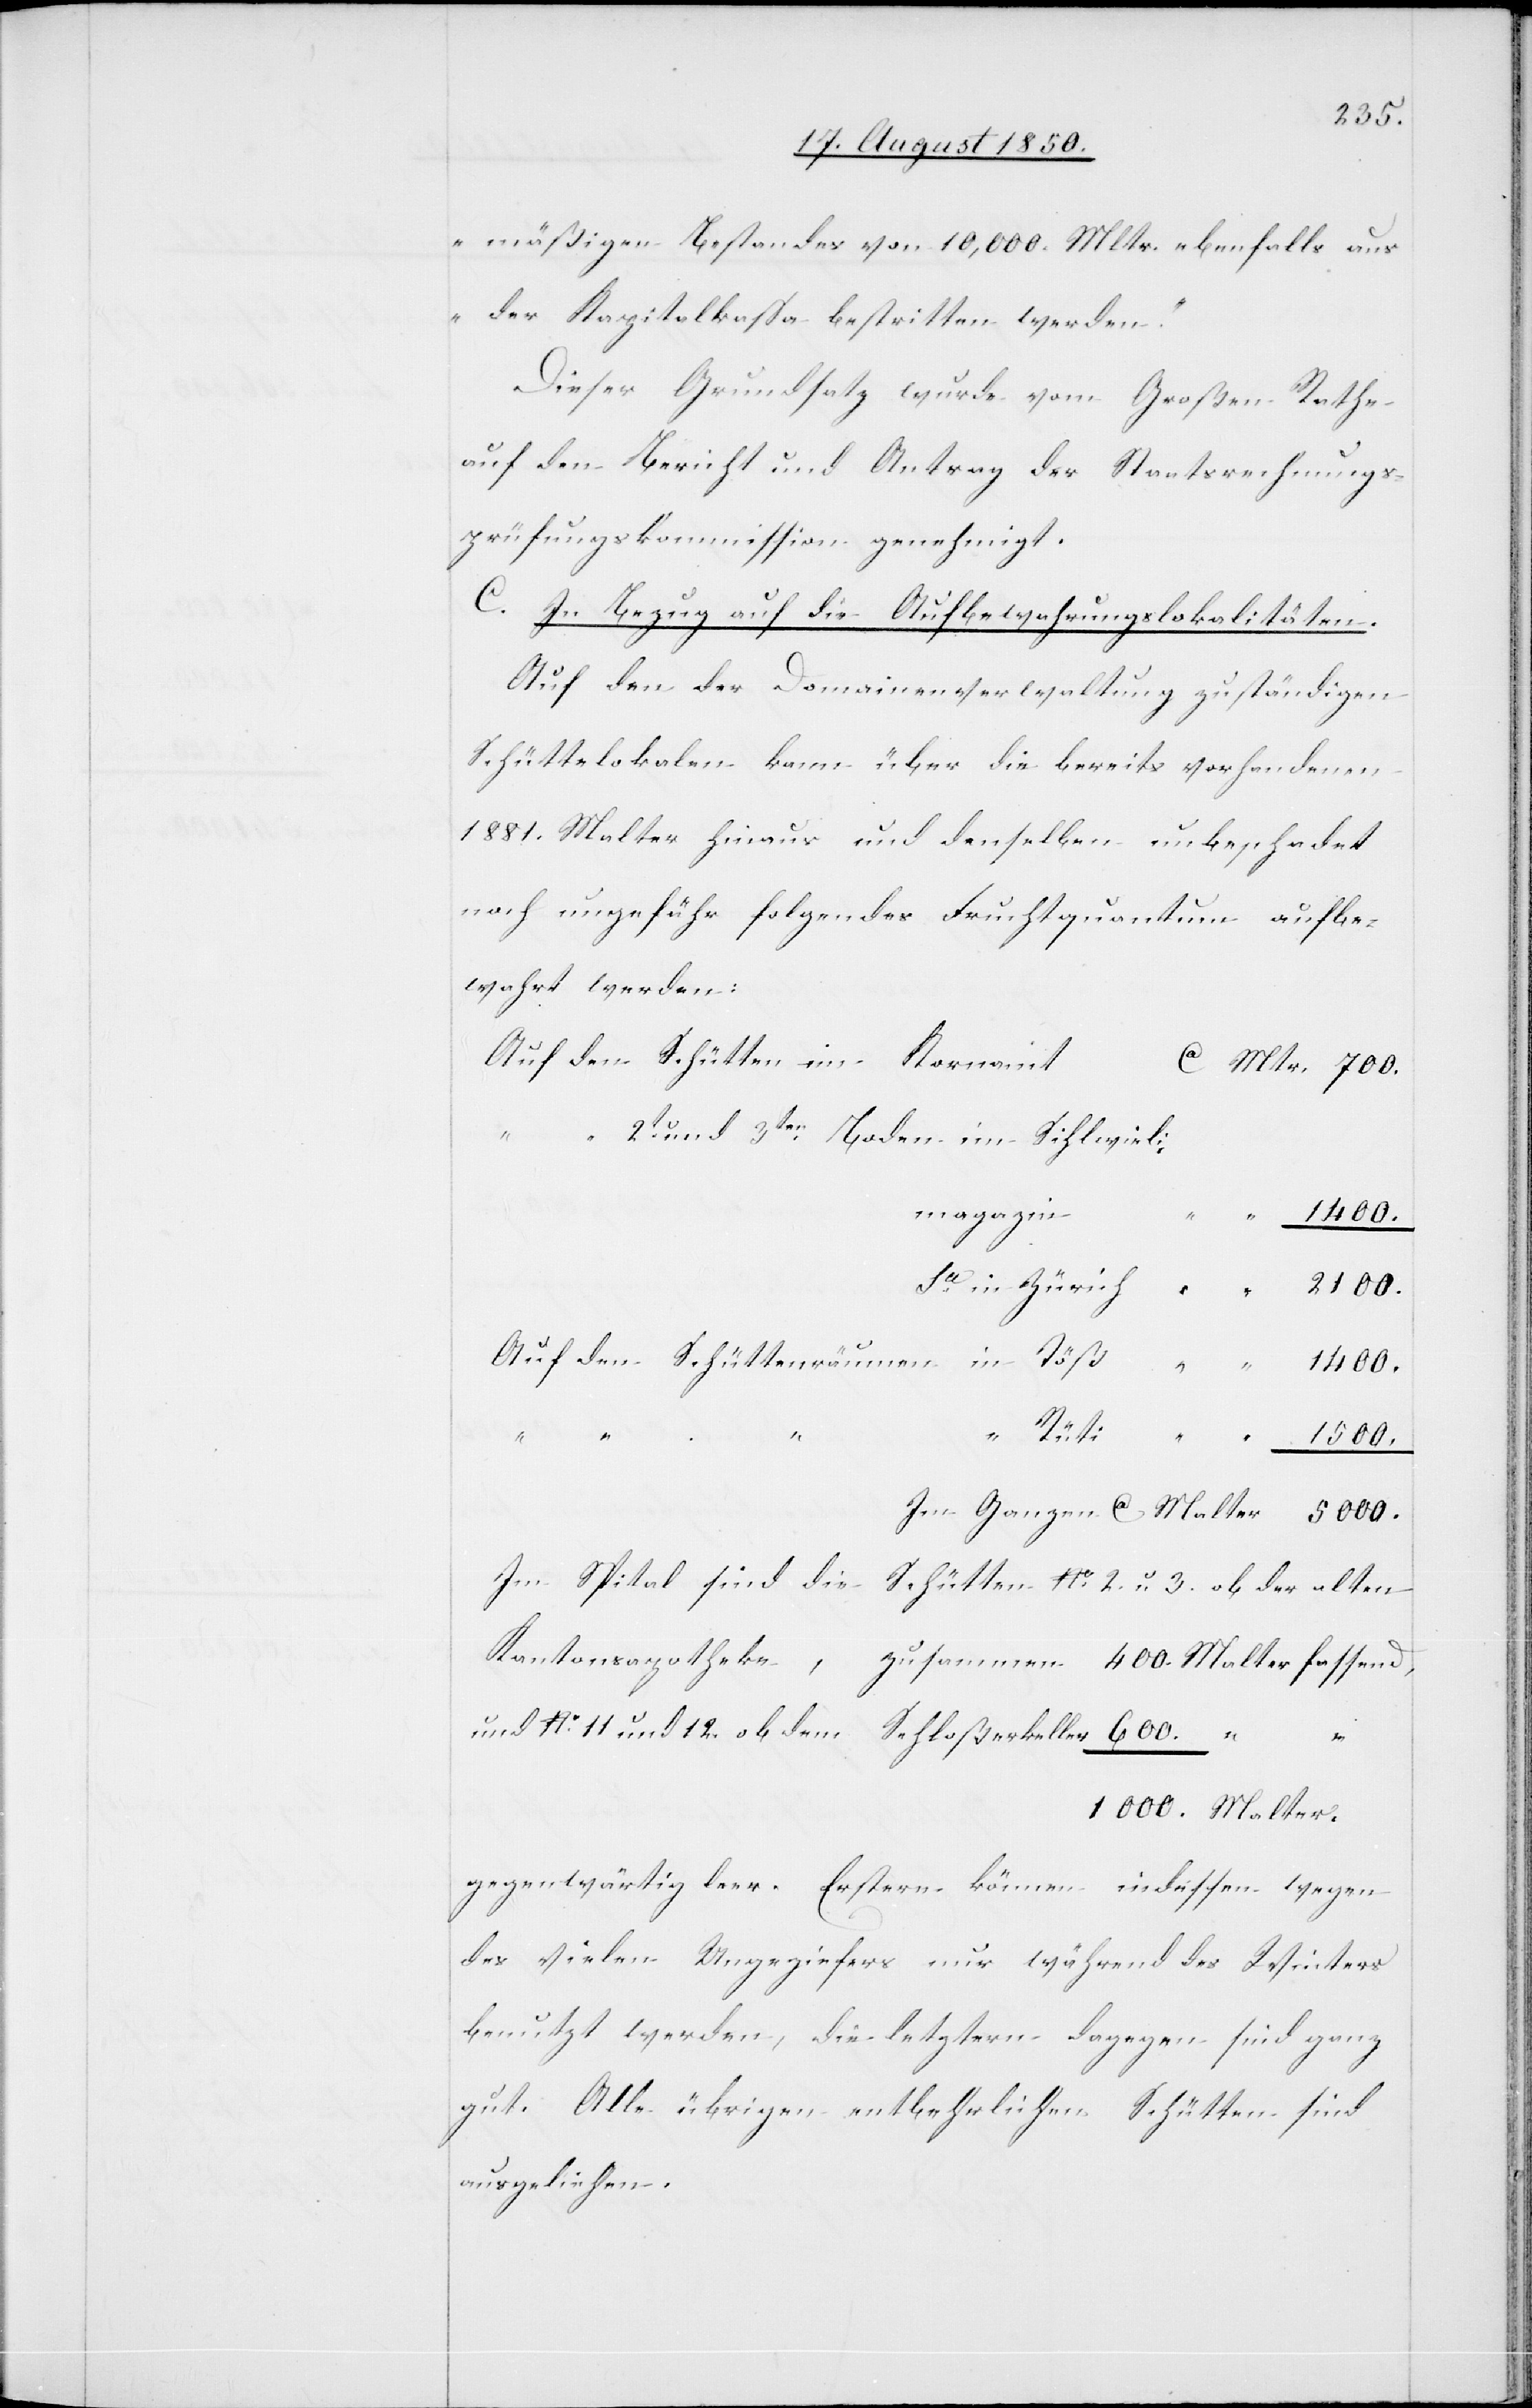
mäßigen Bestandes von 10,000. Mltr. ebenfalls aus
der Kapitalkassa bestritten werden.“
Dieser Grundsatz wurde vom Großen Rathe
auf den Bericht und Antrag der Staatsrechnungs¬
prüfungskommission genehmigt.
C. In Bezug auf die Aufbewahrungslokalitäten.
Auf den der Domainenverwaltung zuständigen
Schüttelokalen kann über die bereits vorhandenen
1881. Malter hinaus und denselben unbeschadet
noch ungefähr folgendes Fruchtquantum aufbe¬
wahrt werden:
“	2t und 3ten Boden im [?Sihlwieli]
magazin
1400.
Auf den	Schüttenräumen	in Töß
5000.
“ Rüti
“ “
1500.
Im Ganzen ca Malter
Im Spital sind die Schütten No. 2. u. 3. ob der alten
und No. 11 und 12. ob dem Schloßerkeller	600.
gegenwärtig leer. Erstern können indessen wegen
des vielen Ungeziefers nur während des Winters
benutzt werden, die letztern dagegen sind ganz
gut. Alle übrigen entbehrlichen Schütten sind
ausgeliehen.